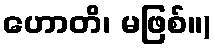
ဟောတိ၊ မဖြစ်။)